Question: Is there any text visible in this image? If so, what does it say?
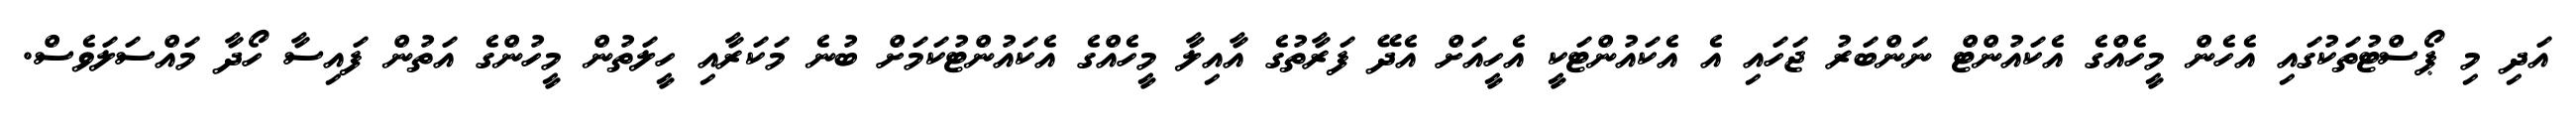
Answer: އަދި މި ޕޯސްޓުތަކުގައި އެހެން މީހެއްގެ އެކައުންޓް ނަންބަރު ޖަހައި އެ އެކައުންޓަކީ އެހީއަށް އެދޭ ފަރާތުގެ އާއިލާ މީހެއްގެ އެކައުންޓުކަމަށް ބުނެ މަކަރާއި ހީލަތުން މީހުންގެ އަތުން ފައިސާ ހޯދާ މައްސަލަވެސް.